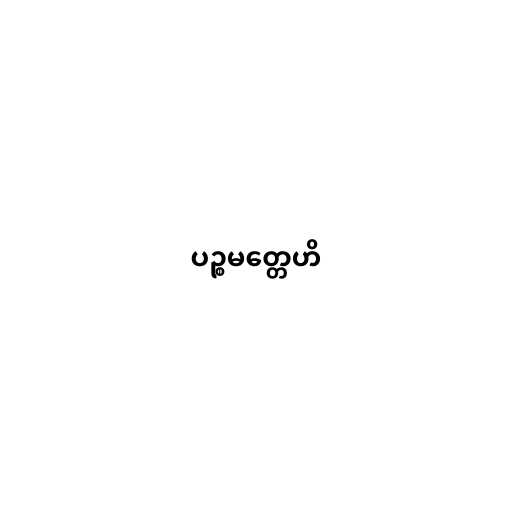
ပဉ္စမတ္တေဟိ